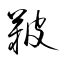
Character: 鞁